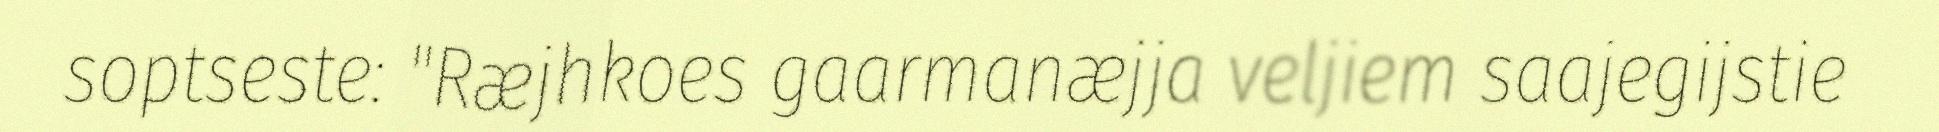
soptseste: "Ræjhkoes gaarmanæjja veljiem saajegijstie